Sanitation, dispensaries and jails vaccination Rajputana 1922-1927 - 1922-1927
Year: 1922
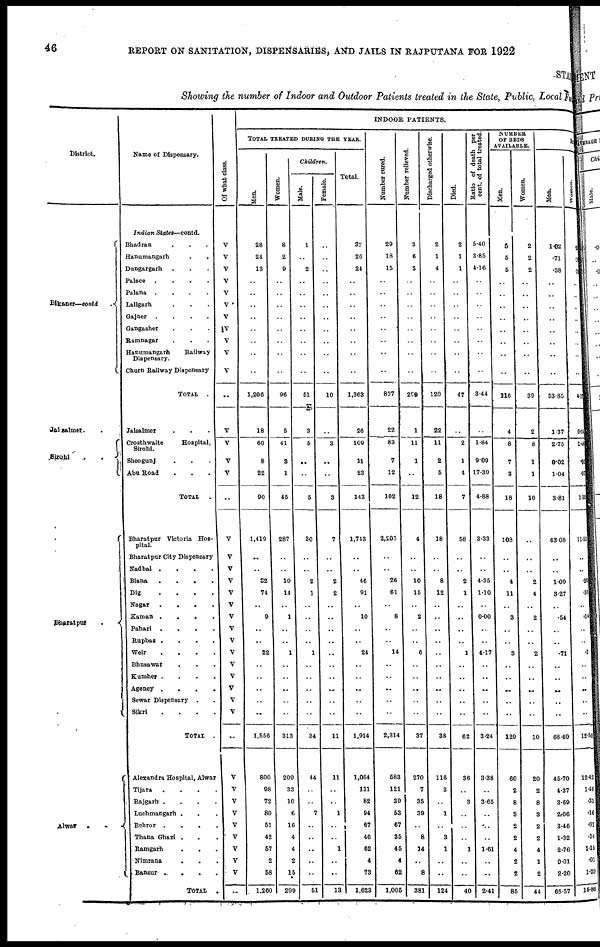
46
REPORT ON SANITATION, DISPENSARIES, AND JAILS IN RAJPUTANA FOR 1922
STAT
Showing the number of Indoor and Outdoor Patients treated in the State, Public, Local Fu
District.
Bikaner—contd
.
Jalsalmer. .
Sirohi
.
.
Bharatpur
.
Alwar .
.
Name of Dispensary.
Indian
States—contd.
Bhadran . . .
Hanumangarh
.
.
Dungargarh . . .
Palace
.
.
.
.
Palana
.
.
.
.
Lallgarh . . .
Ganjner . . . .
Gangasher . . .
Ramnagar . . .
Hanumangarh
Railway
Dispensary.
Churn Railway Dispensary
TOTAL .
Jalsalmer . . .
Crosthwaite
Hospital,
Sirohi.
Sheogunj . . .
Abu Road . . .
TOTAL
.
Bharatpur Victoria Hos-
pital.
Bharatpur City Dispensary
Nadbai .
.
.
.
Biana
.
.
.
.
Dig
.
.
.
.
Nagar
.
.
.
.
Kaman .
.
.
.
Pahari
.
.
.
.
Rupbas .
.
.
.
Weir
.
.
.
.
Bhusawar . . .
Kumher .
.
.
.
Agency .
.
.
.
Sewar Dispensary
. .
Sikri
.
.
.
.
TOTAL .
Alexandra Hospital, Alwar
Tijara
.
.
.
.
Rajgarh .
.
.
.
Luchmangarh . . .
Behror .
.
.
.
Thana Ghazi . . .
Ramgarh . . .
Nimrana . . .
Bansur . .
.
.
.
TOTAL
.
Of what class.
V
V
V
V
V
V
V
V
V
V
V
..
V
V
V
V
..
V
V
V
V
V
V
V
V
V
V
V
V
V
V
V
..
V
V
V
V
V
V
V
V
V
..
INDOOR PATIENTS.
TOTAL TREATED DURING THE YEAR.
Men.
28
24
13
..
..
..
..
..
..
..
..
1,206
18
60
8
22
90
1,410
..
..
32
74
..
9
..
..
22
..
..
..
..
..
1,556
800
98
72
80
51
42
57
2
58
1,260
Women.
8
2
9
..
..
..
..
..
..
..
..
96
5
41
3
1
45
287
..
..
10
14
..
1
..
..
1
..
..
..
..
..
313
209
33
10
6
16
4
4
2
15
299
Children.
Male.
1
..
2
..
..
..
..
..
..
..
..
51
3
5
..
..
5
30
..
..
2
1
..
..
..
..
1
..
..
..
..
..
34
44
..
..
7
..
..
..
..
..
51
Female.
..
..
..
..
..
..
..
..
..
..
..
10
..
3
..
..
3
7
..
..
2
2
..
..
..
..
..
..
..
..
..
..
11
11
..
..
1
..
..
1
..
..
13
Total.
37
26
24
..
..
..
..
..
..
..
..
1,363
26
109
11
23
143
1,743
..
..
46
91
..
10
..
..
24
..
..
..
..
..
1,914
1,064
131
82
94
67
46
62
4
73
1,623
Number cured.
29
18
15
..
..
..
..
..
..
..
..
837
22
83
7
12
102
2,205
..
..
26
61
..
8
..
..
14
..
..
..
..
..
2,314
583
121
39
53
67
35
45
4
62
1,005
Number relieved.
3
6
3
..
..
..
..
..
..
..
..
299
1
11
1
..
12
4
..
..
10
15
..
2
..
..
6
..
..
..
..
..
37
270
7
35
39
..
8
14
..
8
381
Discharged otherwise.
2
1
4
..
..
..
..
..
..
..
..
120
22
11
2
5
18
18
..
..
8
12
..
..
..
..
..
..
..
..
..
..
38
116
3
..
1
..
3
1
..
..
124
Died.
2
1
1
..
..
..
..
..
..
..
..
47
..
2
1
4
7
58
..
..
2
1
..
..
..
..
1
..
..
..
..
..
62
36
..
3
..
..
..
1
..
..
40
Ratio of death per
cent. of total treated.
5.40
3.85
4.16
..
..
..
..
..
..
..
..
3.44
..
1.84
9.09
17.39
4.88
3.33
..
..
4.35
1.10
..
0.00
..
..
4.17
..
..
..
..
..
3.24
3.38
..
3.65
..
..
..
1.61
..
..
2.41
NUMBER
OF BEDS
AVAILABLE.
Men.
5
5
5
..
..
..
..
..
..
..
..
116
4
8
7
3
18
108
..
..
4
11
..
3
..
..
3
..
..
..
..
..
129
60
2
8
3
2
2
4
2
2
85
Women.
2
2
2
..
..
..
..
..
..
..
..
39
2
8
1
1
10
..
..
..
2
4
..
2
..
..
2
..
..
..
..
..
10
20
2
8
3
2
2
4
1
2
44
Men.
1.02
.71
.38
..
..
..
..
..
..
..
..
53.85
1.37
2.75
0.02
1.04
3.81
63.08
..
..
1.09
3.27
..
.54
..
..
.71
..
..
..
..
..
68.69
45.70
4.37
3.69
2.06
3.46
1.32
2.76
0.01
2.20
65.57
Women.
1
2
3
..
..
..
..
..
..
..
..
4. 17
0.34
1. 44
. 01
. 07
1. 57
11.51
..
..
.26
.56
..
.14
..
..
.3
..
..
..
..
..
12.50
12.42
1.46
.31
.16
.01
.14
1.15
.01
1.20
16.86